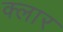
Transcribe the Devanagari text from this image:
क्लार